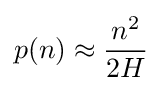
p(n)\approx {n^{2} \over 2H}